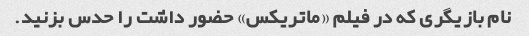
نام بازیگری که در فیلم «ماتریکس» حضور داشت را حدس بزنید.